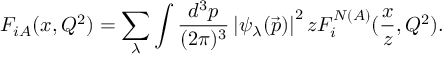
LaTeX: F _ { i A } ( x , Q ^ { 2 } ) = \sum _ { \lambda } \int \frac { d ^ { 3 } p } { ( 2 \pi ) ^ { 3 } } \left| \psi _ { \lambda } ( \vec { p } ) \right| ^ { 2 } z F _ { i } ^ { N ( A ) } ( \frac { x } { z } , Q ^ { 2 } ) .